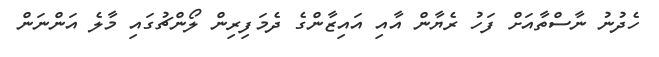
ހެދުނު ނާސްތާއަށް ފަހު ރެޔާން އާއި އައިޒާންގެ ދެމަފިރިން ލޯންޗުގައި މާލެ އަންނަން